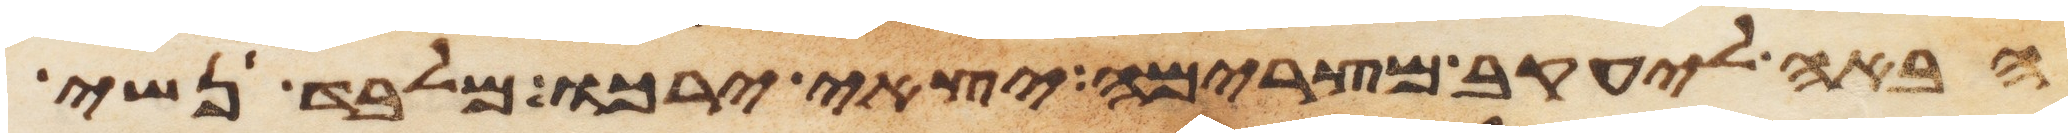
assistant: הבאה ליעקב מצרימה יצאי ירכו מלבד נשי